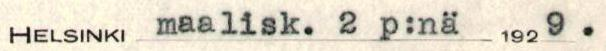
HELSINKI maalisk. 2 p:nä 1929.